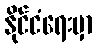
နိုင်ငံရေးမှာ